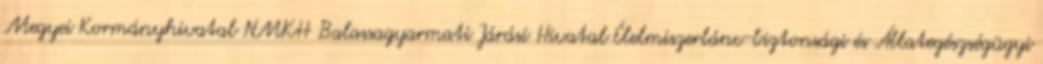
Megyei Kormányhivatal NMKH Balassagyarmati Járási Hivatal Élelmiszerlánc-biztonsági és Állategészségügyi